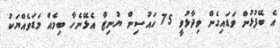
އެ ބޭފުޅުން ވަޑައިގެން ވިދާޅުވީ 75 ހައުސިން ޔުނިޓް އެޅޭނެހާ ބިމެއް މަޑަވެއްޔަކު